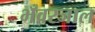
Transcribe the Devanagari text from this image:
भँवरजाल